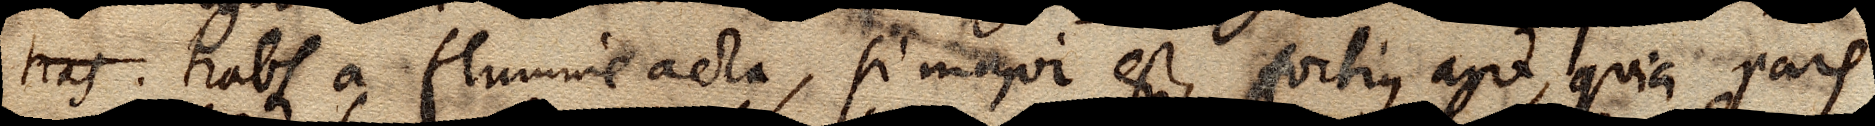
tras . trabs a flumine acta, si major est, fortius agit, quia pars